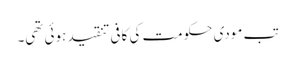
تب مودی حکومت کی کافی تنقید ہوئی تھی۔